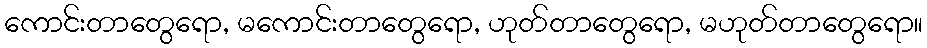
ကောင်းတာတွေရော, မကောင်းတာတွေရော, ဟုတ်တာတွေရော, မဟုတ်တာတွေရော။